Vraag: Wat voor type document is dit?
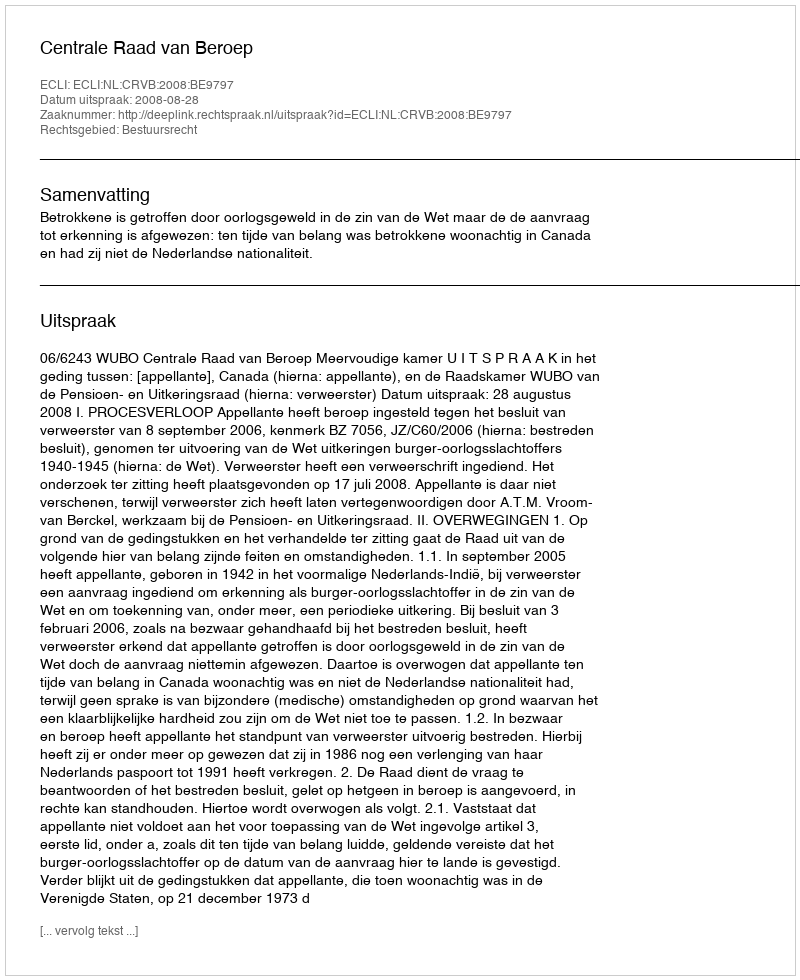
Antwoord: Uitspraak